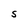
Character: S